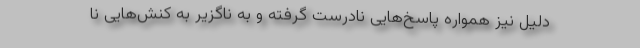
دلیل نیز همواره پاسخ‌هایی نادرست گرفته و به ناگزیر به کنش‌هایی نا